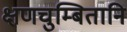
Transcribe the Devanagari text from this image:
क्षणचुम्बितानि